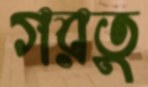
গরতু